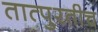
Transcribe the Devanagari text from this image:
तात्पुरतीच